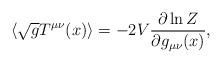
LaTeX: \begin{align*}\langle \sqrt{g} T^{\mu\nu}(x)\rangle = - 2 V{\partial \ln Z\over\partial g_{\mu\nu}(x)} ,\end{align*}